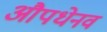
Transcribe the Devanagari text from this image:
औपधेनव